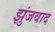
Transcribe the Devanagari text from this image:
झुंजवाद